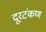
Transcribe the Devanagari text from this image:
दूरटंकण